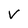
Character: V